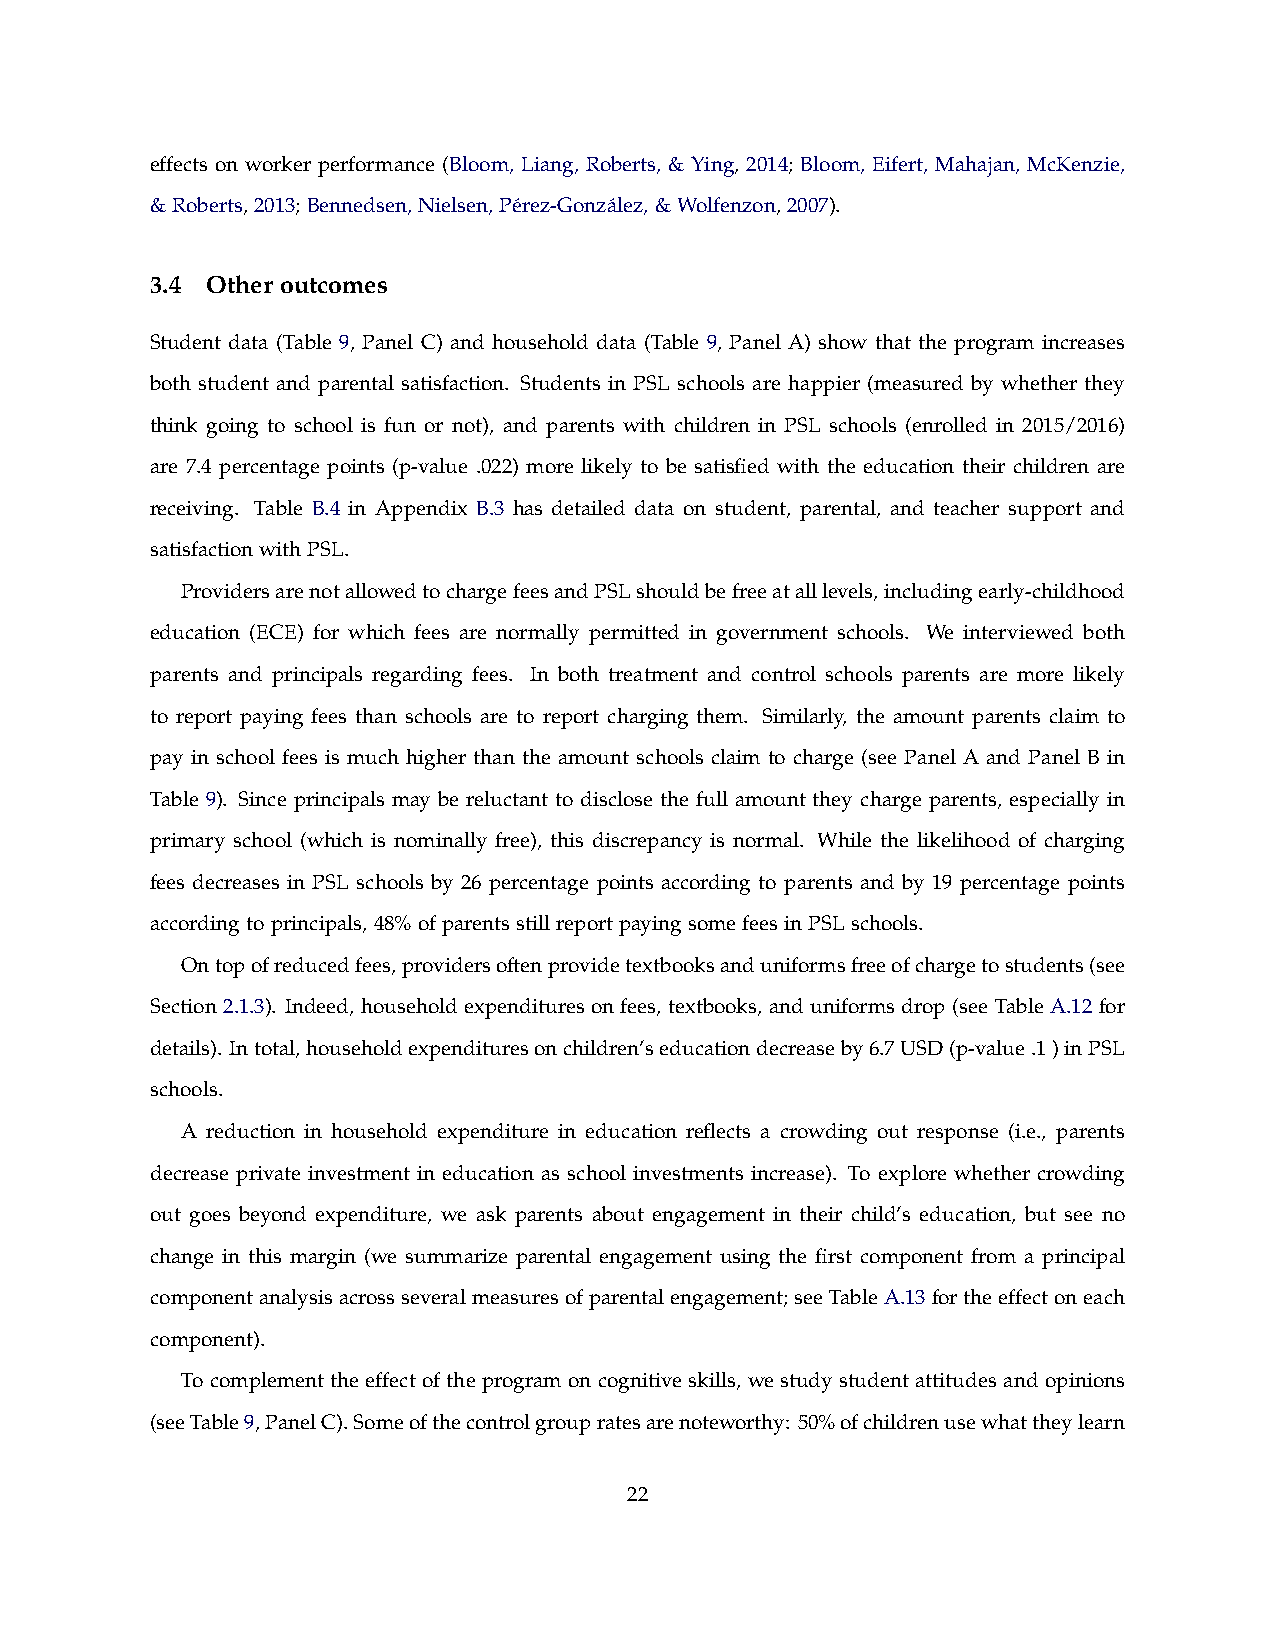
effects on worker performance (Bloom, Liang, Roberts, & Ying, 2014; Bloom, Eifert, Mahajan, McKenzie,
 &Roberts,2013;Bennedsen,Nielsen,Pe´rez-Gonza´lez,&Wolfenzon,2007).
 3.4 Other outcomes
 Student data (Table 9, Panel C) and household data (Table 9, Panel A) show that the program increases
 both student and parental satisfaction. Students in PSL schools are happier (measured by whether they
 think going to school is fun or not), and parents with children in PSL schools (enrolled in 2015/2016)
 are 7.4 percentage points (p-value .022) more likely to be satisfied with the education their children are
 receiving. Table B.4 in Appendix B.3 has detailed data on student, parental, and teacher support and
 satisfactionwithPSL.
 ProvidersarenotallowedtochargefeesandPSLshouldbefreeatalllevels,includingearly-childhood
 education (ECE) for which fees are normally permitted in government schools. We interviewed both
 parents and principals regarding fees. In both treatment and control schools parents are more likely
 to report paying fees than schools are to report charging them. Similarly, the amount parents claim to
 pay in school fees is much higher than the amount schools claim to charge (see Panel A and Panel B in
 Table 9). Since principals may be reluctant to disclose the full amount they charge parents, especially in
 primary school (which is nominally free), this discrepancy is normal. While the likelihood of charging
 fees decreases in PSL schools by 26 percentage points according to parents and by 19 percentage points
 accordingtoprincipals,48%ofparentsstillreportpayingsomefeesinPSLschools.
 Ontopofreducedfees,providersoftenprovidetextbooksanduniformsfreeofchargetostudents(see
 Section 2.1.3). Indeed, household expenditures on fees, textbooks, and uniforms drop (see Table A.12 for
 details). Intotal,householdexpendituresonchildren’seducationdecreaseby6.7USD(p-value.1)inPSL
 schools.
 A reduction in household expenditure in education reflects a crowding out response (i.e., parents
 decrease private investment in education as school investments increase). To explore whether crowding
 out goes beyond expenditure, we ask parents about engagement in their child’s education, but see no
 change in this margin (we summarize parental engagement using the first component from a principal
 componentanalysisacrossseveralmeasuresofparentalengagement;seeTableA.13fortheeffectoneach
 component).
 To complement the effect of the program on cognitive skills, we study student attitudes and opinions
 (seeTable9,PanelC).Someofthecontrolgroupratesarenoteworthy: 50%ofchildrenusewhattheylearn
 22